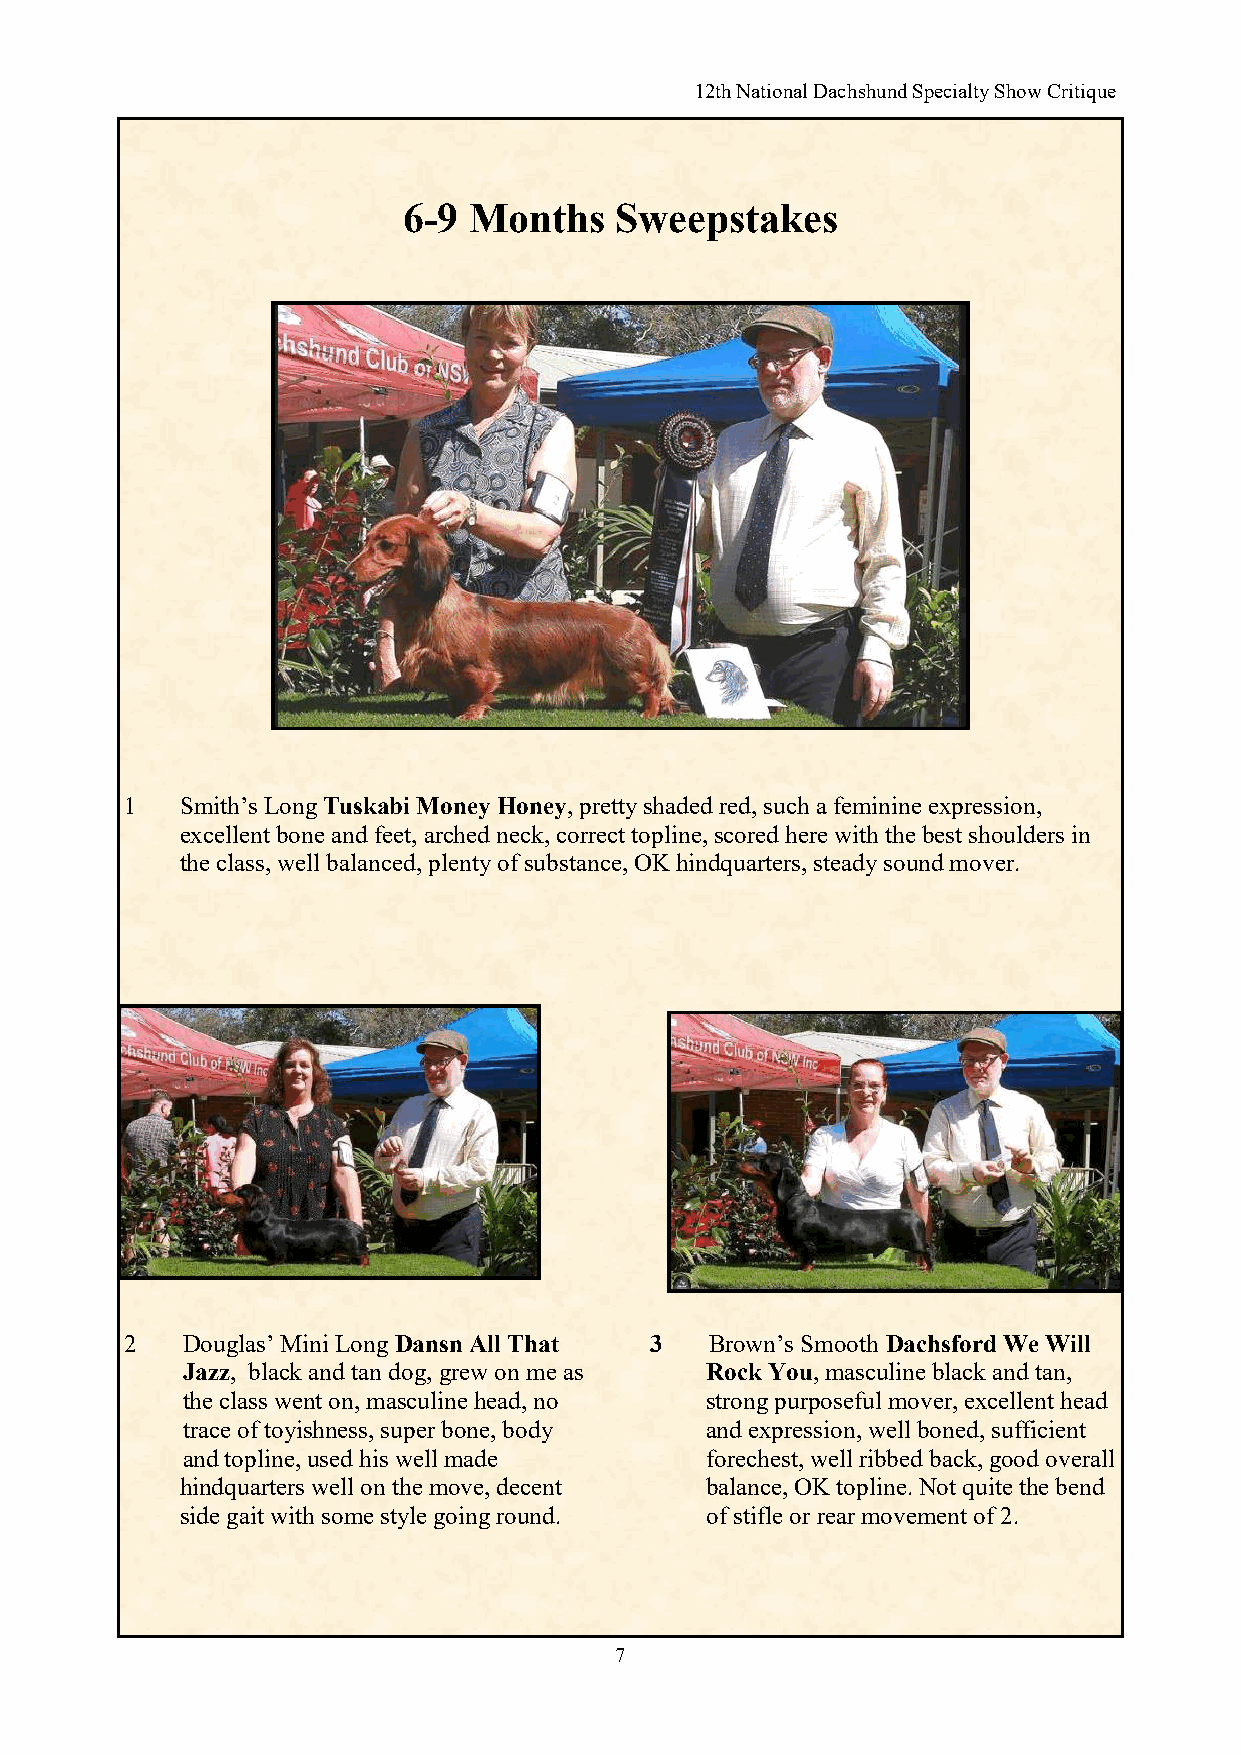
12th National Dachshund Specialty Show Critique
 6-9 Months    Sweepstakes
 1   Smith’s Long Tuskabi Money Honey, pretty shaded red, such a feminine expression,
 excellent bone and feet, arched neck, correct topline, scored here with the best shoulders in
 the class, well balanced, plenty of substance, OK hindquarters, steady sound mover.
 2   Douglas’ Mini Long Dansn All That 3 Brown’s Smooth Dachsford We Will
 Jazz, black and tan dog, grew on me as Rock You, masculine black and tan,
 the class went on, masculine head, no strong purposeful mover, excellent head
 trace of toyishness, super bone, body and expression, well boned, sufficient
 and topline, used his well made    forechest, well ribbed back, good overall
 hindquarters well on the move, decent balance, OK topline. Not quite the bend
 side gait with some style going round. of stifle or rear movement of 2.
 7